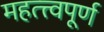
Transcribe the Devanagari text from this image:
महत्त्त्वपूर्ण